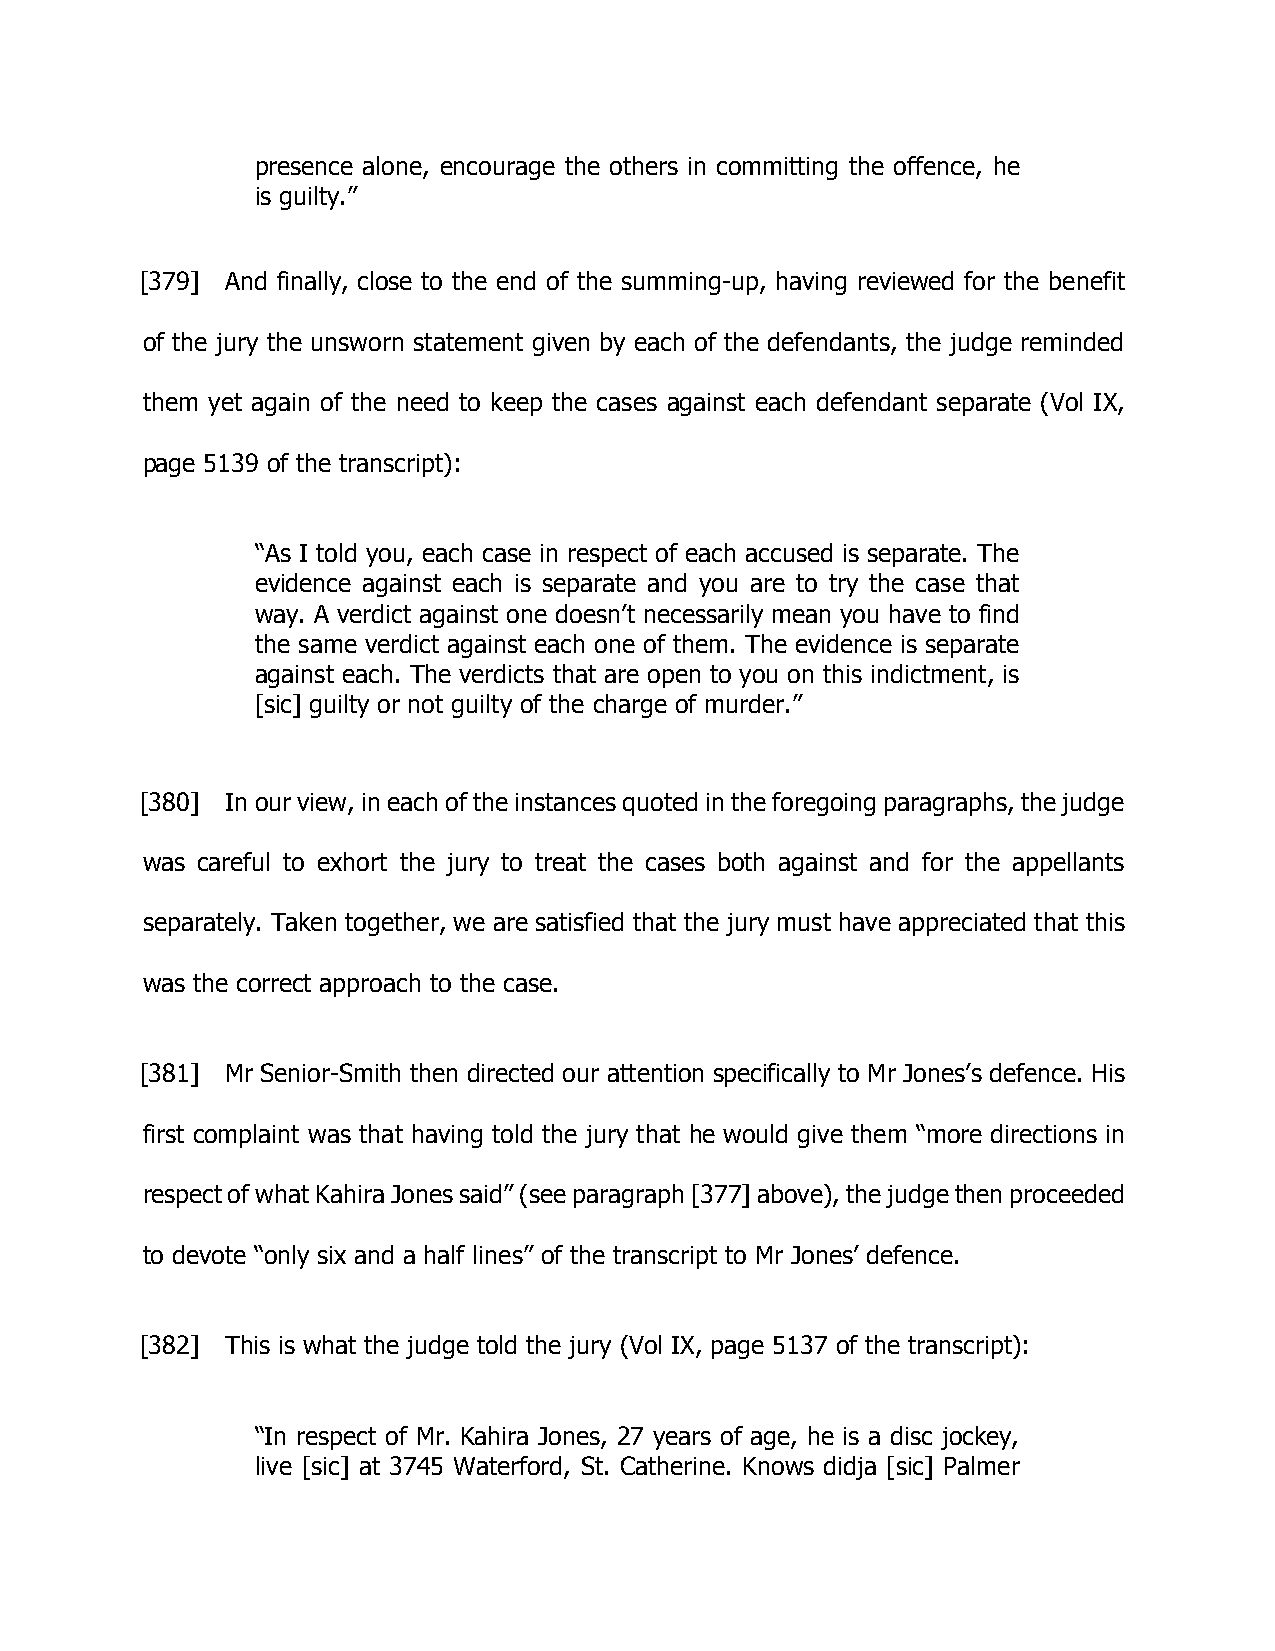
presence alone, encourage the others in committing the offence, he
 is guilty.”
 [379] And finally, close to the end of the summing-up, having reviewed for the benefit
 of the jury the unsworn statement given by each of the defendants, the judge reminded
 them yet again of the need to keep the cases against each defendant separate (Vol IX,
 page 5139 of the transcript):
 “As I told you, each case in respect of each accused is separate. The
 evidence against each is separate and you are to try the case that
 way. A verdict against one doesn’t necessarily mean you have to find
 the same verdict against each one of them. The evidence is separate
 against each. The verdicts that are open to you on this indictment, is
 [sic] guilty or not guilty of the charge of murder.”
 [380] In our view, in each of the instances quoted in the foregoing paragraphs, the judge
 was careful to exhort the jury to treat the cases both against and for the appellants
 separately. Taken together, we are satisfied that the jury must have appreciated that this
 was the correct approach to the case.
 [381] Mr Senior-Smith then directed our attention specifically to Mr Jones’s defence. His
 first complaint was that having told the jury that he would give them “more directions in
 respect of what Kahira Jones said” (see paragraph [377] above), the judge then proceeded
 to devote “only six and a half lines” of the transcript to Mr Jones’ defence.
 [382] This is what the judge told the jury (Vol IX, page 5137 of the transcript):
 “In respect of Mr. Kahira Jones, 27 years of age, he is a disc jockey,
 live [sic] at 3745 Waterford, St. Catherine. Knows didja [sic] Palmer